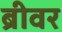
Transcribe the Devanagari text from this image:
ब्रीवर